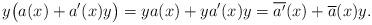
LaTeX: \begin{align*} y\big(a(x)+a'(x)y\big)=ya(x)+ya'(x)y=\overline{a'}(x)+\overline a(x)y.\end{align*}